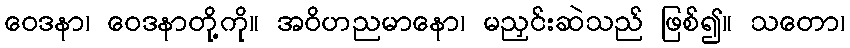
ဝေဒနာ၊ ဝေဒနာတို့ကို။ အဝိဟညမာနော၊ မညှင်းဆဲသည် ဖြစ်၍။ သတော၊